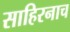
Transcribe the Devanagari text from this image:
साहिरनाच